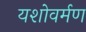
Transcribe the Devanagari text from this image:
यशोवर्मण